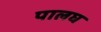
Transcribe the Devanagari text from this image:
पालघ